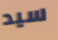
سيد